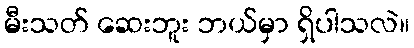
မီးသတ် ဆေးဘူး ဘယ်မှာ ရှိပါသလဲ။